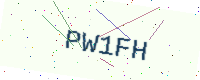
Text: PW1FH